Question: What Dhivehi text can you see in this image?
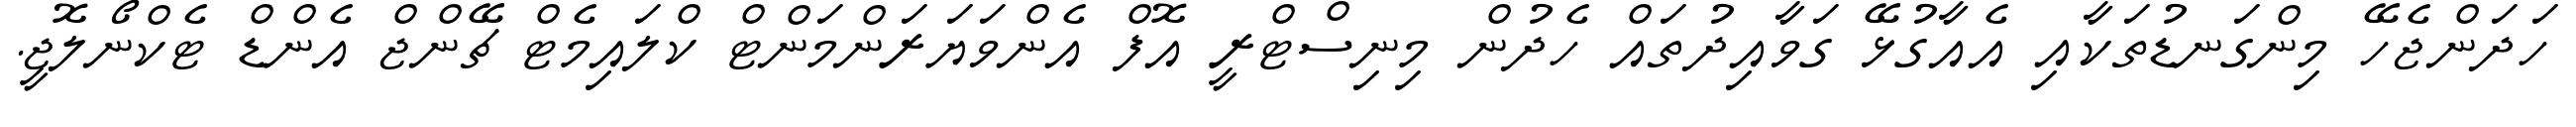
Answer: ހަދަންޖެހޭ މިންގަނޑުތަކާއި އެއާގުޅޭ ގަވާއިދުތައް ހެދުން މިނިސްޓްރީ އޮފް އެންވަޔަރަންމަންޓް ކްލައިމެޓް ޗޭންޖް އެންޑް ޓެކްނޯލޮޖީ.